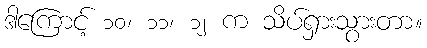
ဒါကြောင့် ၁၀၊ ၁၁၊ ၁၂ က သိပ်ရှားသွားတာ။